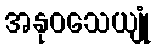
အနုဝသေယျုံ